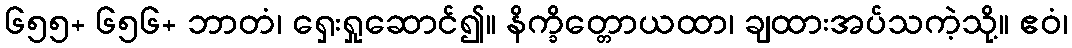
၆၅၅+ ၆၅၆+ ဘာတံ၊ ရှေးရှုဆောင်၍။ နိက္ခိတ္တောယထာ၊ ချထားအပ်သကဲ့သို့။ ဧဝံ၊